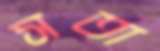
সতা